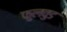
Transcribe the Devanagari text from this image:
फुलवुड